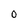
Character: 0